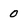
Character: 0